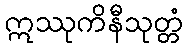
ဣဿုကိနီသုတ္တံ